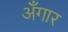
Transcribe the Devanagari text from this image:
अँगार